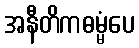
အနီတိကဓမ္မံပေ